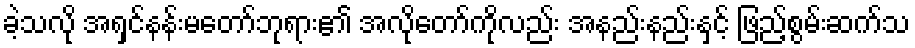
ခဲ့သလို အရှင်နန်းမတော်ဘုရား၏ အလိုတော်ကိုလည်း အနည်းနည်းနှင့် ဖြည့်စွမ်းဆက်သ